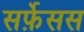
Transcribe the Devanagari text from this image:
सर्फ़ेसस